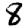
Digit: 8